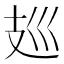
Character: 𰕀